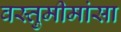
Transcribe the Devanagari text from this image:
वस्तुमीमांसा